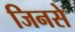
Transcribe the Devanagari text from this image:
जिनसे